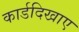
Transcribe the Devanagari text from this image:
कार्डदिखाए